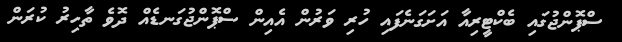
ސްޕޮންޖުގައި ބެކްޓީރިއާ އަށަގަނެފައި ހުރި ވަރުން އެއިން ސްޕޮންޖުގަނޑެއް ދޮވެ ތާހިރު ކުރަން